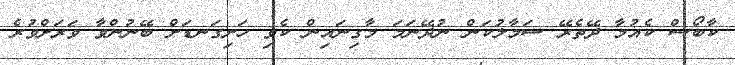
ކާބޯސް ކެއުމާ ދޭތެރޭ ސަމާލުކަން ނުދޭނަމަ މާގިނައިން ކެވި ހަށިގަނޑަށް ބޭނުންވާ ވަރަށްވުރެ